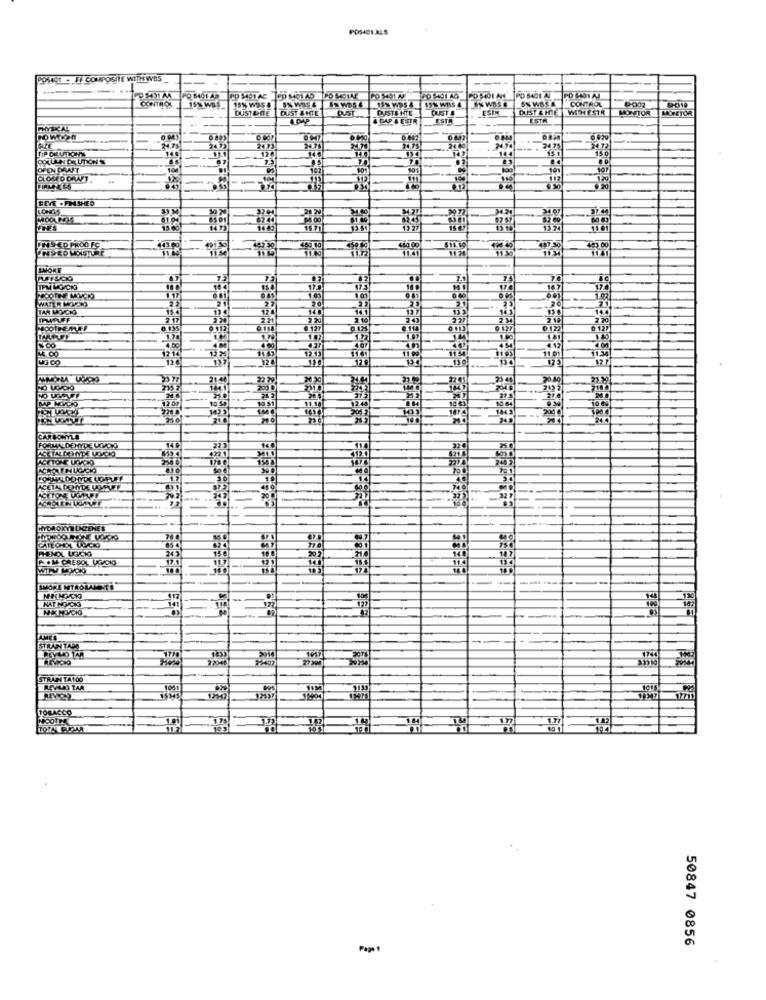
POSON ALS
POH191 . FF COMPOSITE WITH WBS
CONTROL
PO 6401 AM
PO 5401 AC ED MOI AS
15% WOS
5% WIE4
&N WD5 4
CONTROL
DUST &HITE
DUST &HOTEL
CUSTAMTE
DUST &
ESIM
MONTOR
MORETOR
TRAP
& DAP A ESTR
ESTA
YEICAL
TIP CILLLOVE
24.75
COUN DILUTIONS
OPEN DRAFT
BEVE .FIN SHED
INSED PHOO FC
493.00
SMOKE
TPM LOCO
WATER WYCHO
NOONE MYCO
TAR MOCKS
IPUPLFF
MACOTHE MEF
CAP MYDO
12.00
FORMALDEHYDE UGAOG
ACETA DONDE MORE
ACETONE UGPUFF
HYDROKYT LICENES
P.M CRESOL UGICK
SMOKE MTROLANDTE
NAT NOCHO
STRANTADO
1770
1915
STRAN TA100
15345
TOBACCO
50847 0856